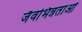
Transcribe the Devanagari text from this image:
जैवभिन्नताओं